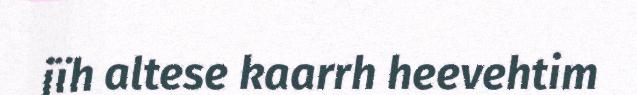
jïh altese kaarrh heevehtim